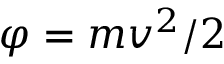
\varphi = m v ^ { 2 } / 2